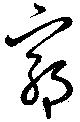
窮